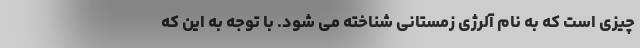
چیزی است که به نام آلرژی زمستانی شناخته می شود. با توجه به این که